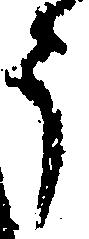
う